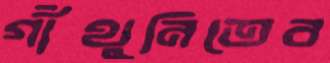
গাঁথুনিতেব